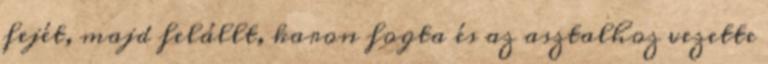
fejét, majd felállt, karon fogta és az asztalhoz vezette